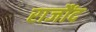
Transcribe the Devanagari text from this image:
राजौंद